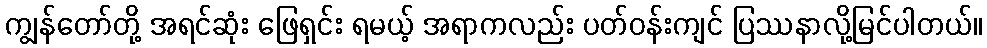
ကျွန်တော်တို့ အရင်ဆုံး ဖြေရှင်း ရမယ့် အရာကလည်း ပတ်ဝန်းကျင် ပြဿနာလို့မြင်ပါတယ်။